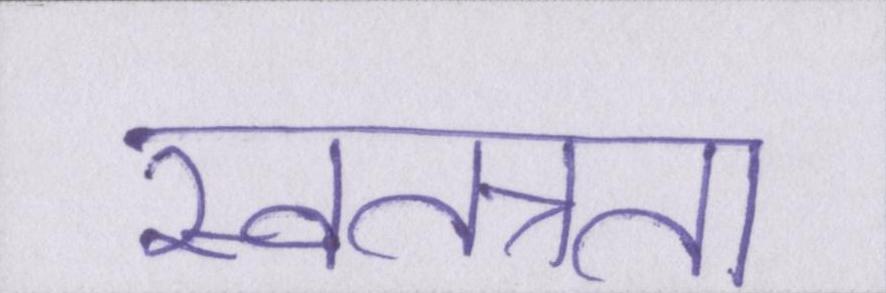
स्वतत्रता